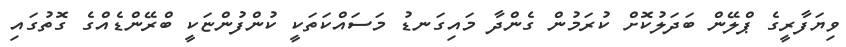
ވިޔަފާރީގެ ޕްލޭން ބަދަލުކޮށް ކުރަމުން ގެންދާ މައިގަނޑު މަސައްކަތަކީ ކުންފުންޏަކީ ބްރޭންޑެއްގެ ގޮތުގައި